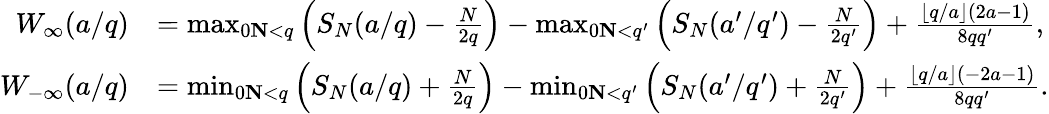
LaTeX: \begin{array}{rl}{W_{\infty}(a/q)}&{=\operatorname*{max}_{0\le N<q}\left(S_{N}(a/q)-\frac{N}{2q}\right)-\operatorname*{max}_{0\le N<q^{\prime}}\left(S_{N}(a^{\prime}/q^{\prime})-\frac{N}{2q^{\prime}}\right)+\frac{\lfloor q/a\rfloor(2a-1)}{8qq^{\prime}},}\\ {W_{-\infty}(a/q)}&{=\operatorname*{min}_{0\le N<q}\left(S_{N}(a/q)+\frac{N}{2q}\right)-\operatorname*{min}_{0\le N<q^{\prime}}\left(S_{N}(a^{\prime}/q^{\prime})+\frac{N}{2q^{\prime}}\right)+\frac{\lfloor q/a\rfloor(-2a-1)}{8qq^{\prime}}.}\end{array}